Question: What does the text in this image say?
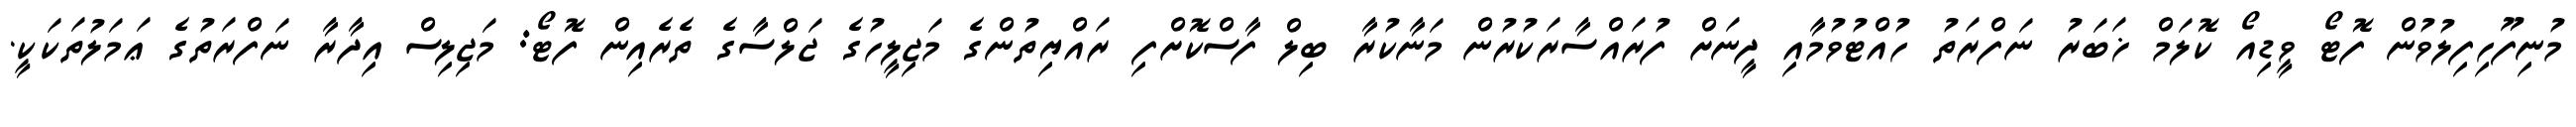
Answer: މުނިފޫހިފިލުވުން ފޮޓޯ ވީޑިއޯ ކޮލަމް ޚަބަރު ނަފްރަތު ހުއްޓުވުމާއި ދީނަށް ފުރައްސާރަކުރުން މަނާކުރާ ބިލް ފާސްކޮށްފި ރައްޔިތުންގެ މަޖިލީހުގެ ޖަލްސާގެ ތެރެއިން ފޮޓޯ: މަޖިލިސް އިދާރާ ނަފްރަތުގެ ޢަމަލުތަކަކީ.